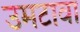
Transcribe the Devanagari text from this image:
उमटावा